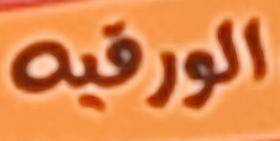
الورقيه